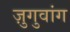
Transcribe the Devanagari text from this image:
ज़ुगुवांग